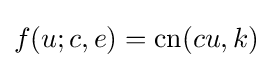
f(u;c,e)=\operatorname {cn} (cu,k)